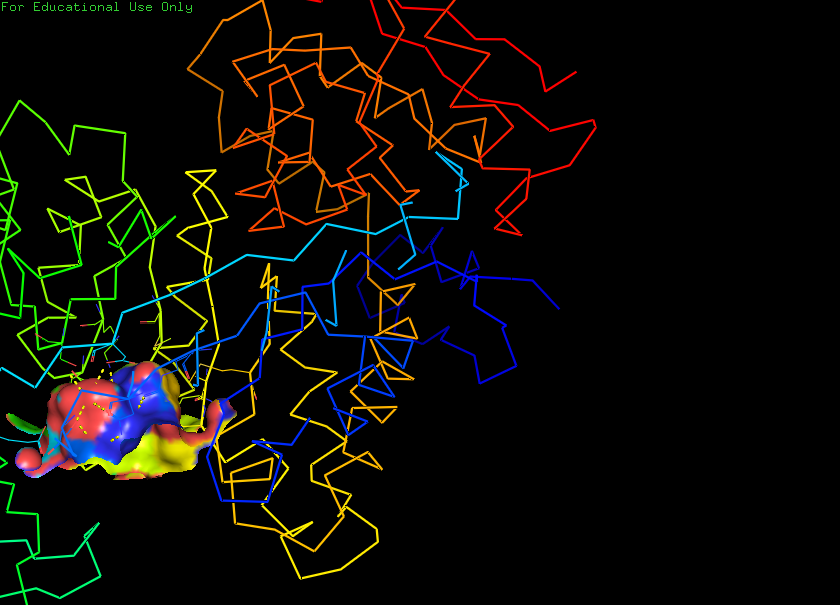
pymol, preset, ligand_sites_hq